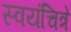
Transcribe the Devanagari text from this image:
स्वयंचित्रे